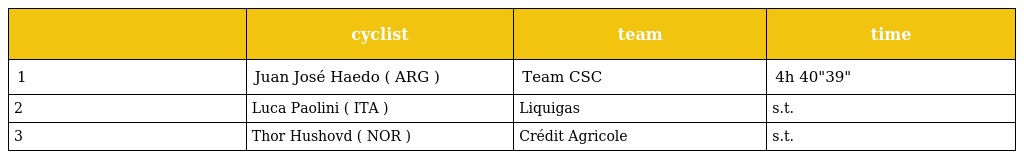
|  | cyclist | team | time |
 | --- | --- | --- | --- |
 | 1 | Juan José Haedo ( ARG ) | Team CSC | 4h 40"39" |
 | 2 | Luca Paolini ( ITA ) | Liquigas | s.t. |
 | 3 | Thor Hushovd ( NOR ) | Crédit Agricole | s.t. |